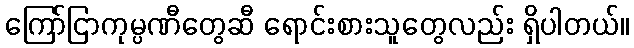
ကြော်ငြာကုမ္ပဏီတွေဆီ ရောင်းစားသူတွေလည်း ရှိပါတယ်။